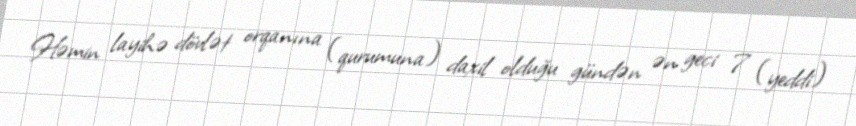
Həmin layihə dövlət orqanına (qurumuna) daxil olduğu gündən ən geci 7 (yeddi)